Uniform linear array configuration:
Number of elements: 4
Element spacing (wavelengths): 1
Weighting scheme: hamming
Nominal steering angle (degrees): -15
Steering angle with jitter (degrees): -13.413
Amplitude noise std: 0.05
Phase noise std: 0.05

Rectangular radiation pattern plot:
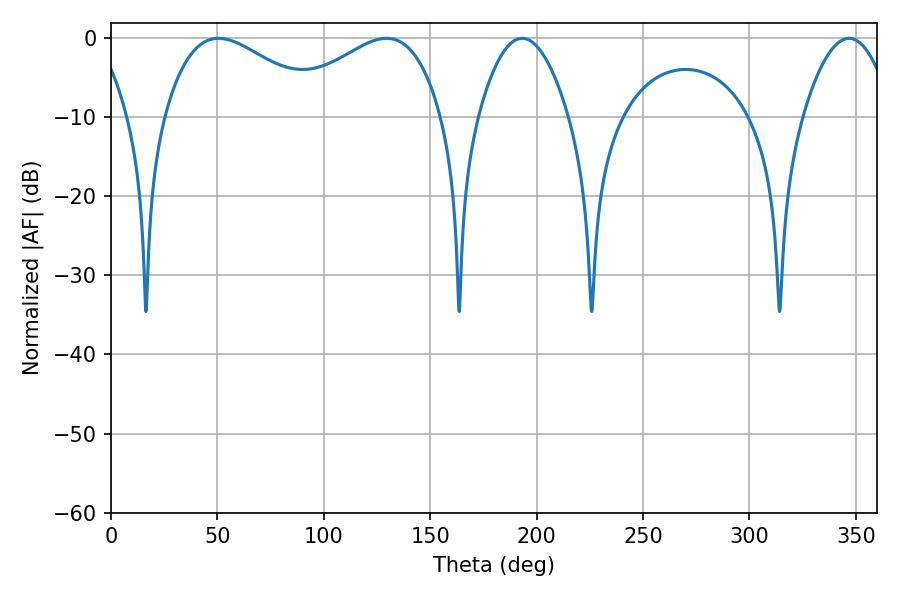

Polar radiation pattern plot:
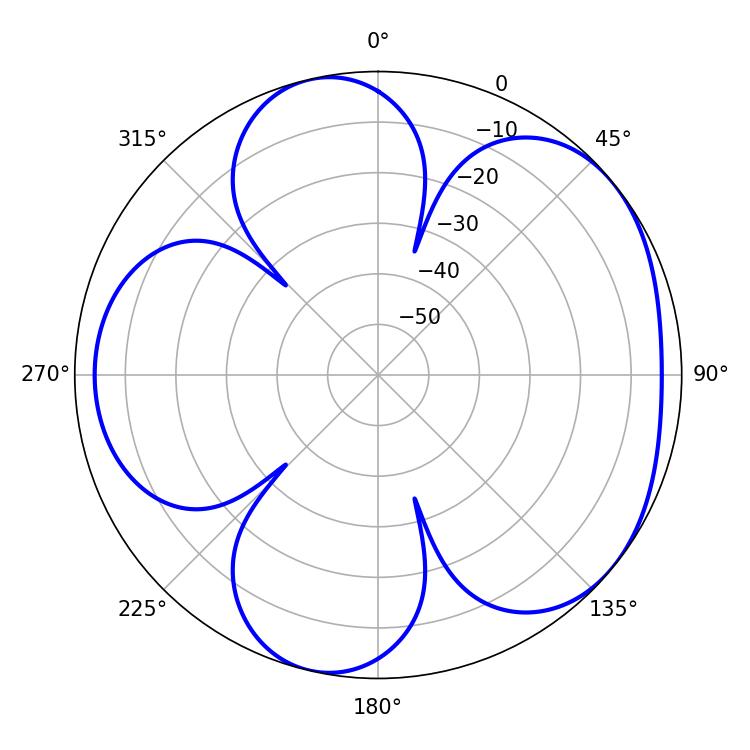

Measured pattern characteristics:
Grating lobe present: TRUE
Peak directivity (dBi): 4.754
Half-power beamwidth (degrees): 40.86
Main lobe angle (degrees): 50.58